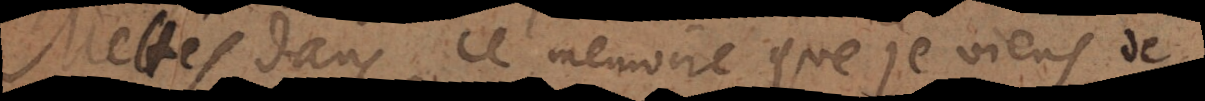
Mettés dans ce memoire que je viens de